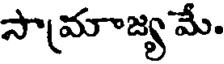
సామాజ్య మే.